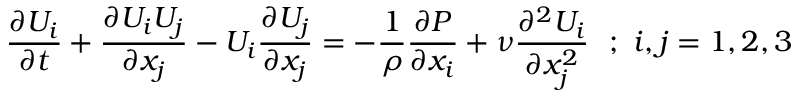
{ \frac { \partial U _ { i } } { \partial t } } + { \frac { \partial U _ { i } U _ { j } } { \partial x _ { j } } } - U _ { i } { \frac { \partial U _ { j } } { \partial x _ { j } } } = - { \frac { 1 } { \rho } } { \frac { \partial P } { \partial x _ { i } } } + \nu { \frac { \partial ^ { 2 } U _ { i } } { \partial x _ { j } ^ { 2 } } } ~ ~ ; ~ i , j = 1 , 2 , 3